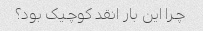
چرا این بار انقد کوچیک بود؟